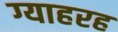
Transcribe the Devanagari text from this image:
ग्याहरह